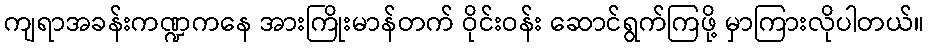
ကျရာအခန်းကဏ္ဍကနေ အားကြိုးမာန်တက် ဝိုင်းဝန်း ဆောင်ရွက်ကြဖို့ မှာကြားလိုပါတယ်။